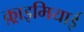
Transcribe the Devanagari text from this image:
क़्राइमियाई